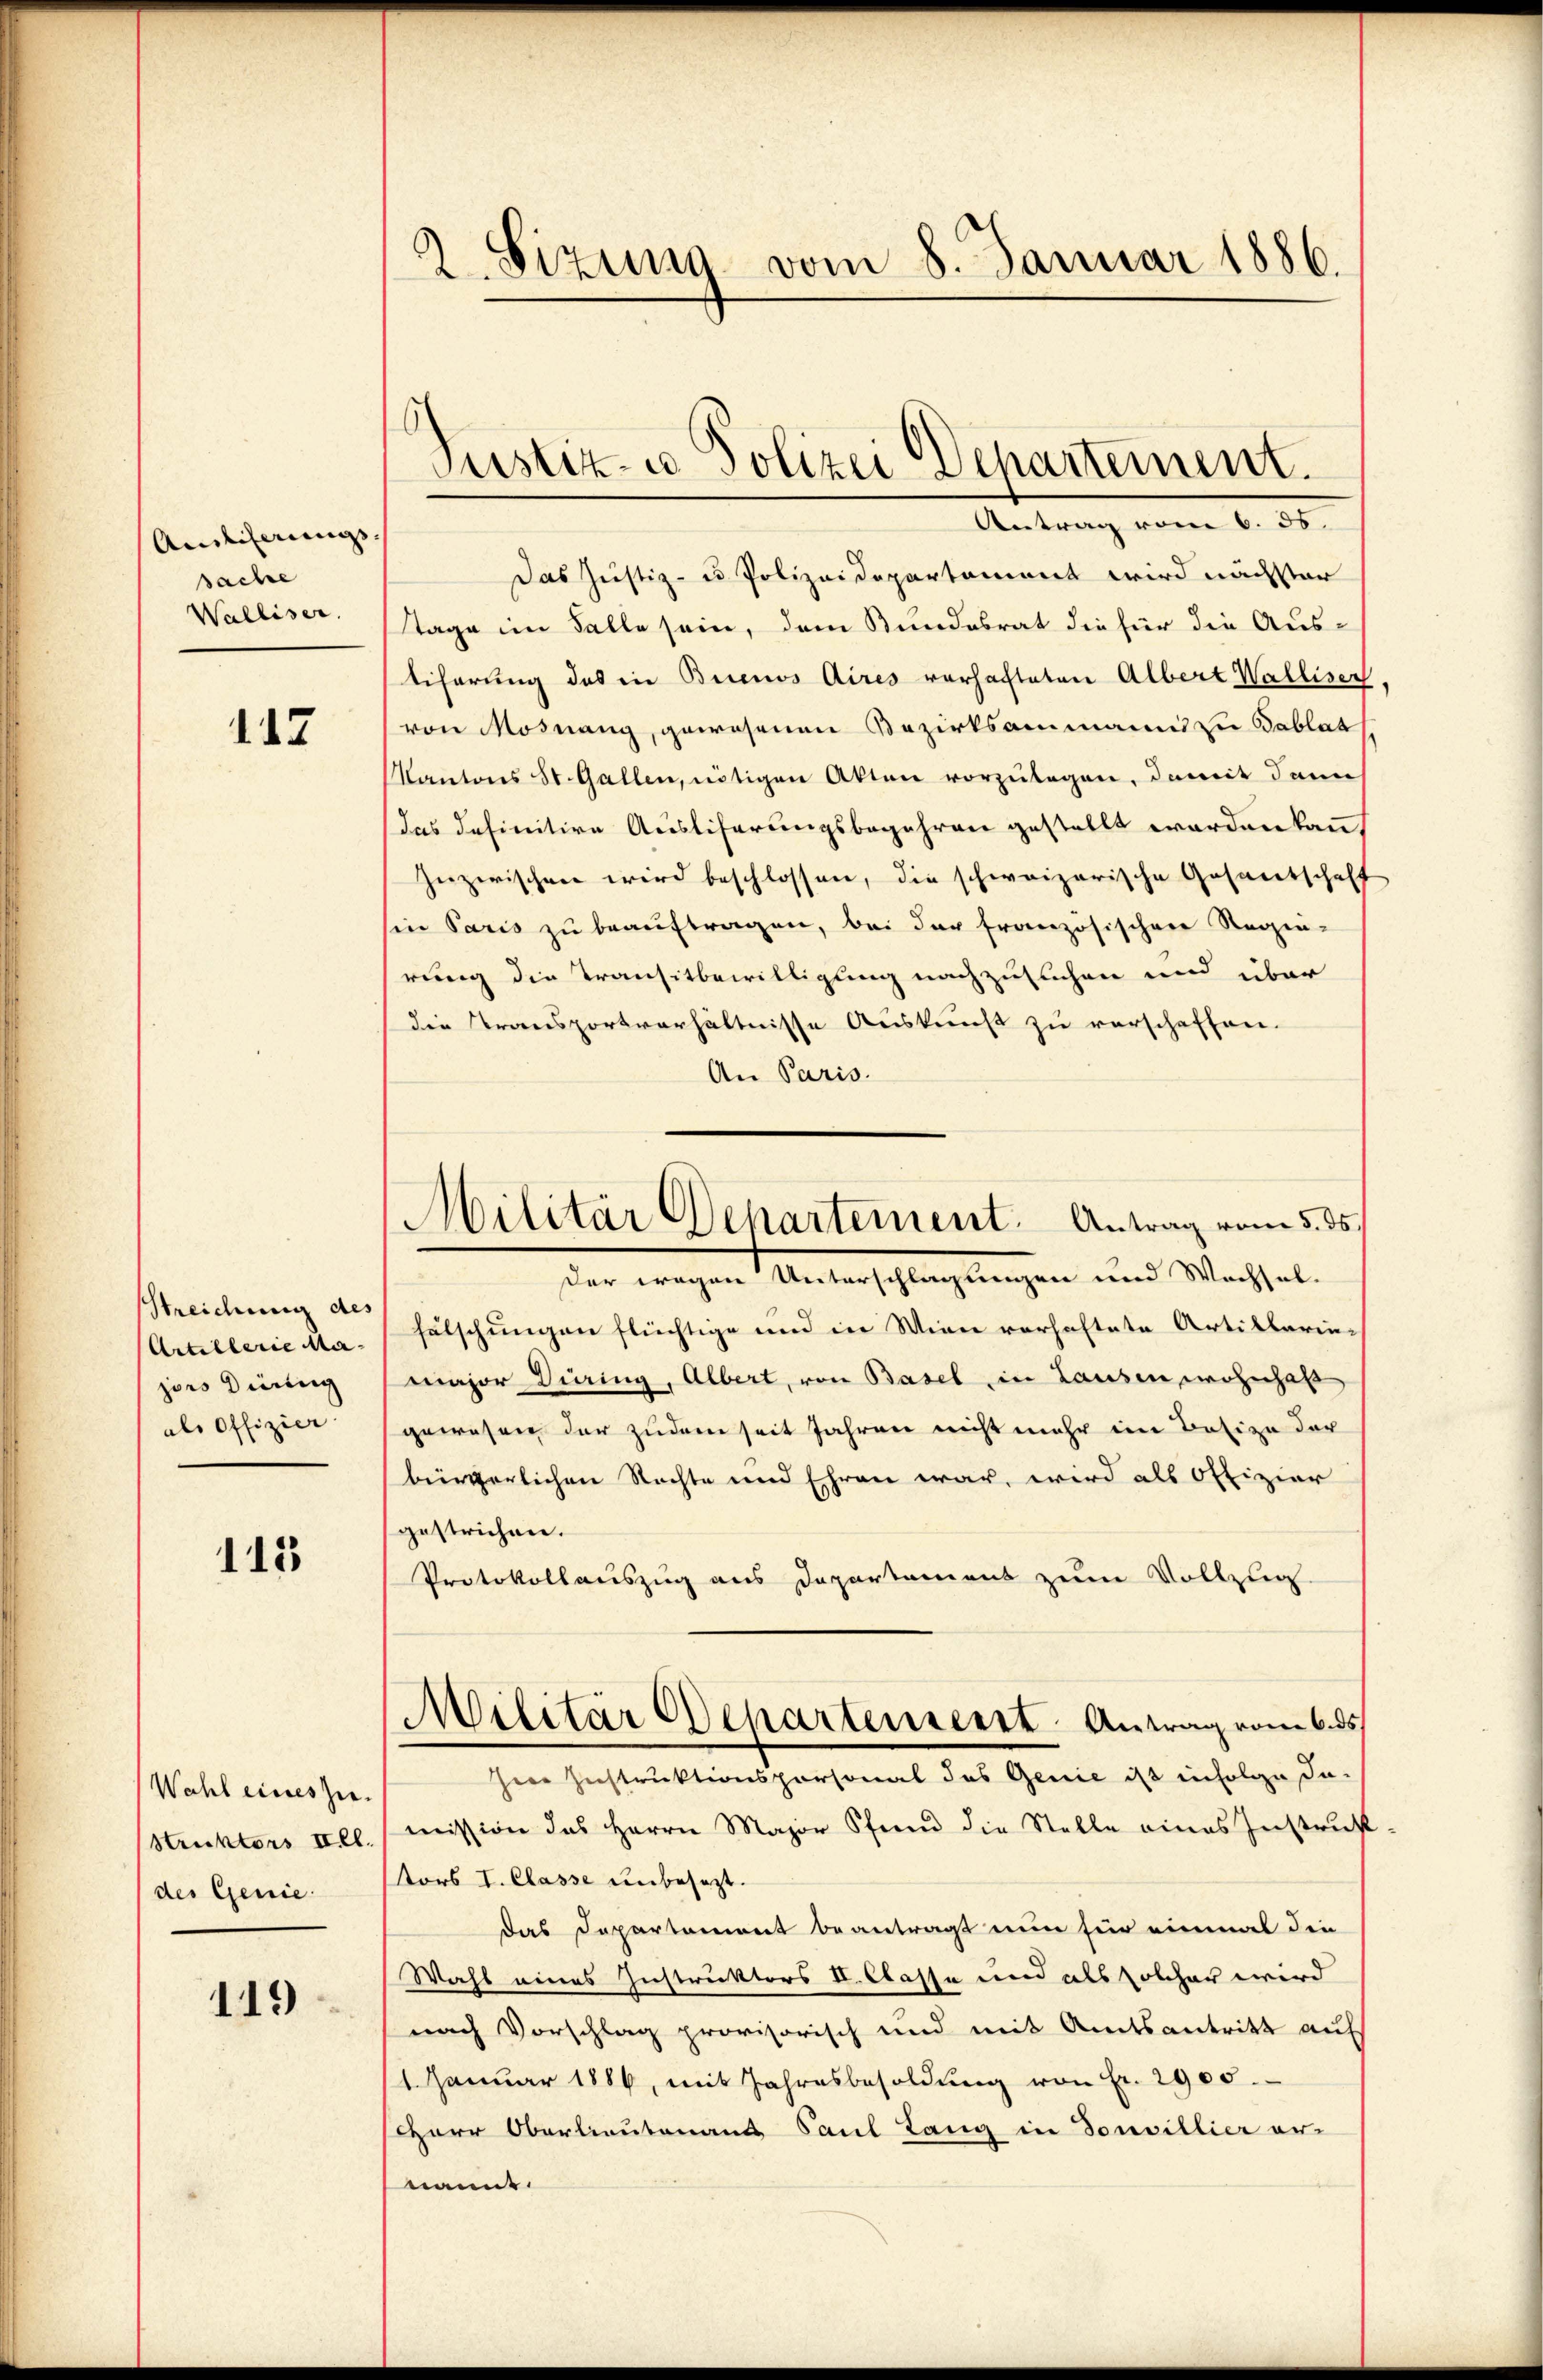
Auslieferungs- |
sache
Walliser.

147

Streichung des
Artillerie Ma-
jors Diesig
als Offizier

115

Wahl eines zu.
Struktors Ill.
(des Genie

119

2. Sizung vom 8. Januar 1886.

Justiz- u Polizei Departement.

Antrag vom 6. 55.
Das Justiz- u. Polizeidepartement wird nächster
Stage im Falle sein, dem Bundesrat die für die Aus-
tiferung des in Buenos Aires verhafteten Albert Walliser
von Mosnang, gewesenen Bezirksammanns zu Tablat
Kantons St. Gallen, nötigen Akten vorzulegen, damit dann
das definitive Auslieferungsbegehren gestellt worden kann,
zuzwischen wird beschlossen, die schweizerische Gesantschaft
in Paris zu beauftragen, bei der französischen Regie-
rung die Transitbewilligung nachzusuchen und über
die Transportverhältnisse Auskunft zu verschaffen.
An Paris.
hälschungen flüchtige und in Wien vorhaftete Artillarin-
major Düring, Albert, von Basel in Lausen wohnhab
gewesen der zudem seit Jahren nicht mehr im Besize der
bürgerlichen Nachte und Ehren war, wird als Offizier
gestrichen.
Protokollauszug aus Departement zum Vollzug
Militär Departenserst Antrag vom 6. ds.
Herr Instruktionspersonal des Genie ist infolge In-
mission des Herrn Major Pfand die Stelle eines Instrukt
tors I. Classe unbesezt.
das Departoniert beantragt nun für einmal die
Wahl eines Instruktors V. Classe und als solcher wird
nach Vorschlag provisorisch und mit Amtsantritt auf
1. Januar 1886, mit Jahresbesoldŭng von Fr. 2900.
Herr Oberlieutenaus Paul Lang in Sonvillier er-
nannt.

Militär Departement. Antrag vom 5. ds.
der wegen Unterschlagungen und Wechsel-